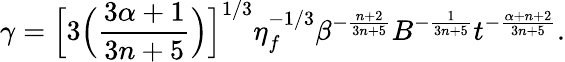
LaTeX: \gamma=\Big[3\Big(\frac{3\alpha+1}{3n+5}\Big)\Big]^{1/3}\eta_{f}^{-1/3}\beta^{-\frac{n+2}{3n+5}}B^{-\frac{1}{3n+5}}t^{-\frac{\alpha+n+2}{3n+5}}.